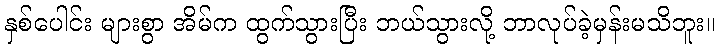
နှစ်ပေါင်း များစွာ အိမ်က ထွက်သွားပြီး ဘယ်သွားလို့ ဘာလုပ်ခဲ့မှန်းမသိဘူး။